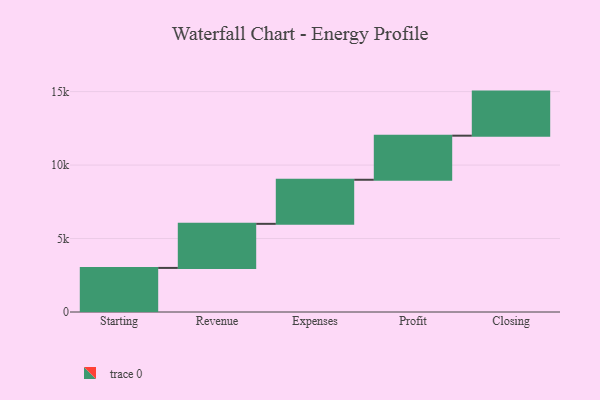
{"axis": {"x": "Step", "y": "Value"}, "legend": [""], "data": [{"x": "Starting", "y": 3000, "type": ""}, {"x": "Revenue", "y": 3000, "type": ""}, {"x": "Expenses", "y": 3000, "type": ""}, {"x": "Profit", "y": 3000, "type": ""}, {"x": "Closing", "y": 3000, "type": ""}]}